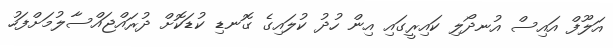
އަލޫފް އައިސް އުނދޯލި ކައިރީގައި އިން ހުދު ކުލައިގެ ގޮނޑި ކުޑަކޮށް ދުރައްޖައްސާލުމަށްފަހު